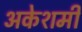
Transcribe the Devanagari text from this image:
अकेशमी